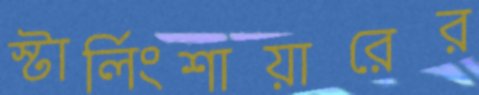
স্টার্লিংশায়ারের